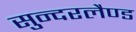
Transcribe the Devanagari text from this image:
सुन्दरलैण्ड